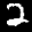
Label: 2